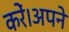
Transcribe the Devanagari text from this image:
करें।अपने